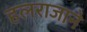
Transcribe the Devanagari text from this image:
हलराजाने